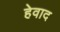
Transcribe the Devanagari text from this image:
हेवाद